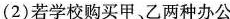
(2)若学校购买甲、乙两种办公